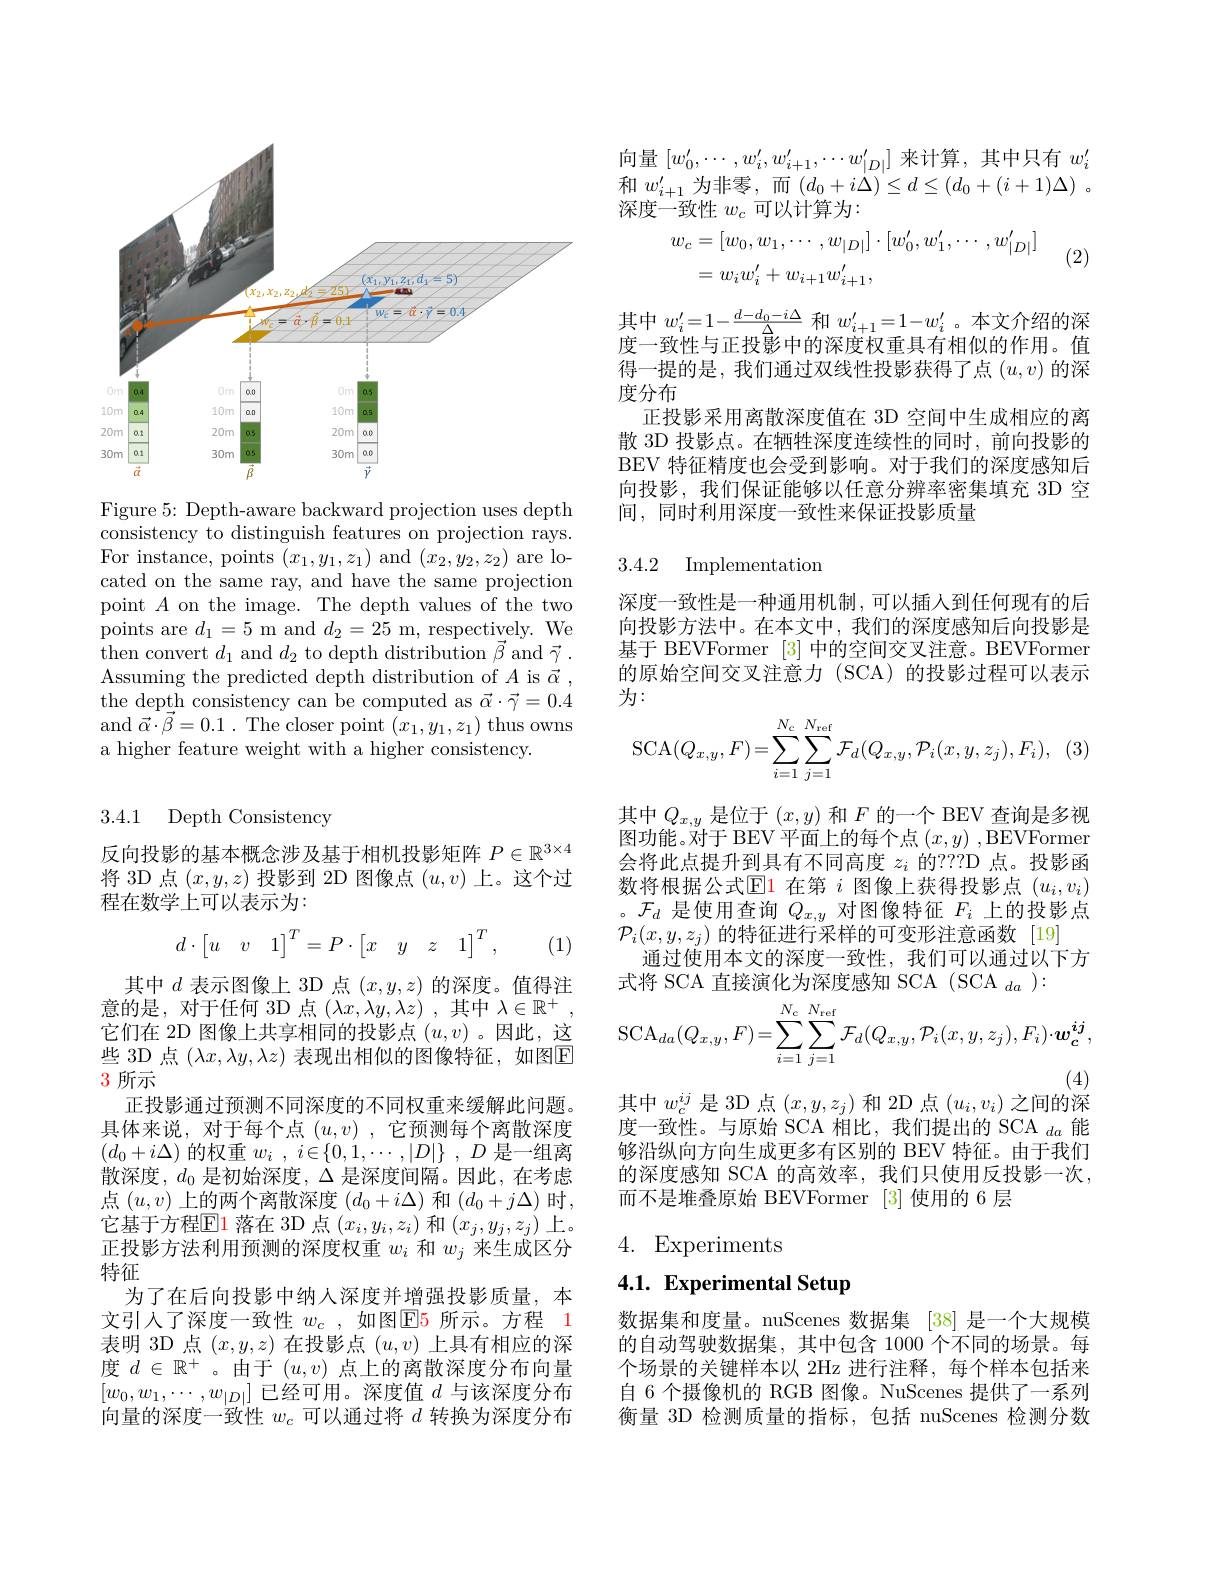
<FigureHere>

Figure 5: Depth-aware backward projection uses depth consistency to distinguish features on projection rays. For instance, points $(x_1,y_1,z_1)$ and $(x_2,y_2,z_2)$ are located on the same ray, and have the same projection point $A$ on the image. The depth values of the two $\begin{array}{l}{\mathrm{points~are~}d_{1}=5\mathrm{~m~and~}d_{2}=25\mathrm{~m,~respectively.~We}}\\{\mathrm{thon~convort~}d\mathrm{~and~}d\mathrm{~to~donth~dictribution~}\vec{\beta}\mathrm{~and~}\vec{\sigma}}\end{array}$ then convert $d_1$ and $d_2$ to depth distribution $\vec{\beta}$ and $\vec{\gamma}.$ Assuming the predicted depth distribution of $A$ is $\vec{\alpha}$, the depth consistency can be computed as $\vec{\alpha}\cdot\vec{\gamma}=0.4$ and $\vec{\alpha } \cdot \vec{\beta } = 0. 1$ . The closer point $(x_1,y_1,z_1)$ thus owns a higher feature weight with a higher consistency.

3.4.1 Depth Consistency

反向投影的基本概念涉及基于相机投影矩阵$P\in\mathbb{R}^{3\times4}$ 将 3D 点$(x,y,z)$投影到 2D 图像点$(u,v)$上。这个过程在数学上可以表示为：
$$d\cdot\begin{bmatrix}u&v&1\end{bmatrix}^T=P\cdot\begin{bmatrix}x&y&z&1\end{bmatrix}^T,$$
(1)

些 3D 点 $(\lambda x,\lambda y,\lambda z)$ 表现出相似的图像特征，如图$\overline{\mathrm{E}}$
## 3 所示

其中$d$表示图像上 3D 点$(x,y,z)$的深度。值得注意的是，对于任何 3D 点$(\lambda x,\lambda y,\lambda z)$ ,其中$\lambda\in\mathbb{R}^+$ 它们在 2D 图像上共享相同的投影点$(u,v)$ 。因此，这
正投影通过预测不同深度的不同权重来缓解此问题。具体来说，对于每个点$(u,v)$ ,它预测每个离散深度$(d_0+i\Delta)$的权重$w_i$ , $i\in \{ 0, 1, \cdots , | D| \}$ , $D$是一组离散深度，$d_0$是初始深度，$\Delta$是深度间隔。因此，在考虑点$(u,v)$上的两个离散深度$(d_0+i\Delta)$和$(d_0+j\Delta)$时， 它基于方程$\mathbb{E}$1 落在 3D 点$(x_i,y_i,z_i)$和$(x_j,y_j,z_j)$上。正投影方法利用预测的深度权重$w_i$和$w_j$来生成区分特征
为了在后向投影中纳人深度并增强投影质量，本文引人了深度一致性 $w_c$ ,如图$\color{red}{\mathrm{E}}\color{blue}{\mathrm{5}}$ 所示。方程 1表明 3D 点$(x,y,z)$在投影点$(u,v)$上具有相应的深度$d\in\mathbb{R}^+$。由于$(u,v)$点上的离散深度分布向量$[w_0,w_1,\cdots,w_{|D|}]$已经可用。深度值$d$与该深度分布向量的深度一致性$w_c$可以通过将$d$转换为深度分布

向量$[w_0^{\prime},\cdots,w_i^{\prime},w_{i+1}^{\prime},\cdots w_{|D|}^{\prime}]$来计算，其中只有$w_i^{\prime}$ 和$w_{i+1}^{\prime}$为非零，而$( d_0+ i\Delta ) \leq d\leq ( d_0+ ( i+ 1) \Delta )$ 。深度一致性$w_c$可以计算为：

(2)
$$\begin{aligned}w_{c}&=[w_{0},w_{1},\cdots,w_{|D|}]\cdot[w_{0}',w_{1}',\cdots,w_{|D|}']\\&=w_{i}w_{i}^{\prime}+w_{i+1}w_{i+1}^{\prime},\end{aligned}$$
其中$w_i^{\prime}=1-\frac{d-d_0-i\Delta}{\Delta}$和$w_{i+1}^{\prime}=1-w_i^{\prime}$ 。本文介绍的深度一致性与正投影中的深度权重具有相似的作用。值得一提的是，我们通过双线性投影获得了点$(u,v)$的深度分布
正投影采用离散深度值在 3D 空间中生成相应的离散 3D 投影点。在牺牲深度连续性的同时，前向投影的BEV 特征精度也会受到影响。对于我们的深度感知后向投影，我们保证能够以任意分辨率密集填充 3D 空间，同时利用深度一致性来保证投影质量

3.4.2 Implementation

深度一致性是一种通用机制，可以插人到任何现有的后向投影方法中。在本文中，我们的深度感知后向投影是基于 BEVFormer [3]中的空间交叉注意。BEVFormer 的原始空间交叉注意力 (SCA) 的投影过程可以表示为：
$$\mathrm{SCA}(Q_{x,y},F)=\sum_{i=1}^{N_{c}}\sum_{j=1}^{N_{\mathrm{ref}}}\mathcal{F}_{d}(Q_{x,y},\mathcal{P}_{i}(x,y,z_{j}),F_{i}),$$
其中$Q_x,y$是位于$(x,y)$和$F$的一个 BEV 查询是多视图 功 能 。对 于 BEV 平 面 上 的 每 个 点 $( x, y)$ , BEVFormer 会将此点提升到具有不同高度$z_i$的？?D 点。投影函数将根据公式$\mathbb{E}$1 在第$i$图像上获得投影点$(u_i,v_i)$ 。$\mathcal{F}_d$是使用查询$Q_x,y$对图像特征$F_i$上的投影点$\mathcal{P}_i(x,y,z_j)$的特征进行采样的可变形注意函数 [19]
通过使用本文的深度一致性，我们可以通过以下方
式将 SCA 直接演化为深度感知 SCA ( SCA $_da):$
$$\mathrm{SCA}_{da}(Q_{x,y},F)=\sum_{i=1}^{N_{\mathrm{c}}}\sum_{j=1}^{N_{\mathrm{ref}}}\mathcal{F}_{d}(Q_{x,y},\mathcal{P}_{i}(x,y,z_{j}),F_{i})\cdot\boldsymbol{w}_{\boldsymbol{c}}^{\boldsymbol{ij}},$$
其中$w_c^ij$是3D 点$(x,y,z_j)$和 2D 点$(u_i,v_i)$之间的深度一致性。与原始 SCA 相比，我们提出的 SCA $_da$能够沿纵向方向生成更多有区别的 BEV 特征。由于我们的深度感知 SCA 的高效率，我们只使用反投影一次， 而不是堆叠原始 BEVFormer [3]使用的 6 层

# 4. Experiments

4.1. Experimental Setup

数据集和度量。nuScenes 数据集 [38] 是一个大规模的自动驾驶数据集，其中包含 1000 个不同的场景。每个场景的关键样本以 2Hz 进行注释，每个样本包括来自 6 个摄像机的 RGB 图像。NuScenes 提供了一系列衡量 3D 检测质量的指标，包括 nuScenes 检测分数